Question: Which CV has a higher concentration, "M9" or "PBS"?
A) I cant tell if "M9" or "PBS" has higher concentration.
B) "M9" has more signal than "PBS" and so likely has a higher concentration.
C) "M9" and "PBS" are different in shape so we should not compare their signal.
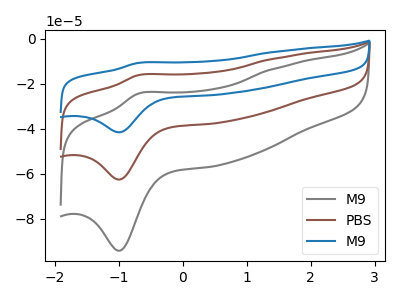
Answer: <think>The gray curve "M9" has an anodic peak at (-0.70V, -24.40uA) and a cathodic peak at (-1.00V, -94.20uA). The brown curve "PBS" has an anodic peak at (-0.70V, -16.20uA) and a cathodic peak at (-1.00V, -62.60uA). The blue curve "M9" has an anodic peak at (-0.70V, -32.45uA) and a cathodic peak at (-1.00V, -125.15uA).
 All the peaks in "M9" have a peak in "PBS" at the same potential.</think>
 <answer>A) I cant tell if "M9" or "PBS" has higher concentration.</answer>
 <eval>A</eval>